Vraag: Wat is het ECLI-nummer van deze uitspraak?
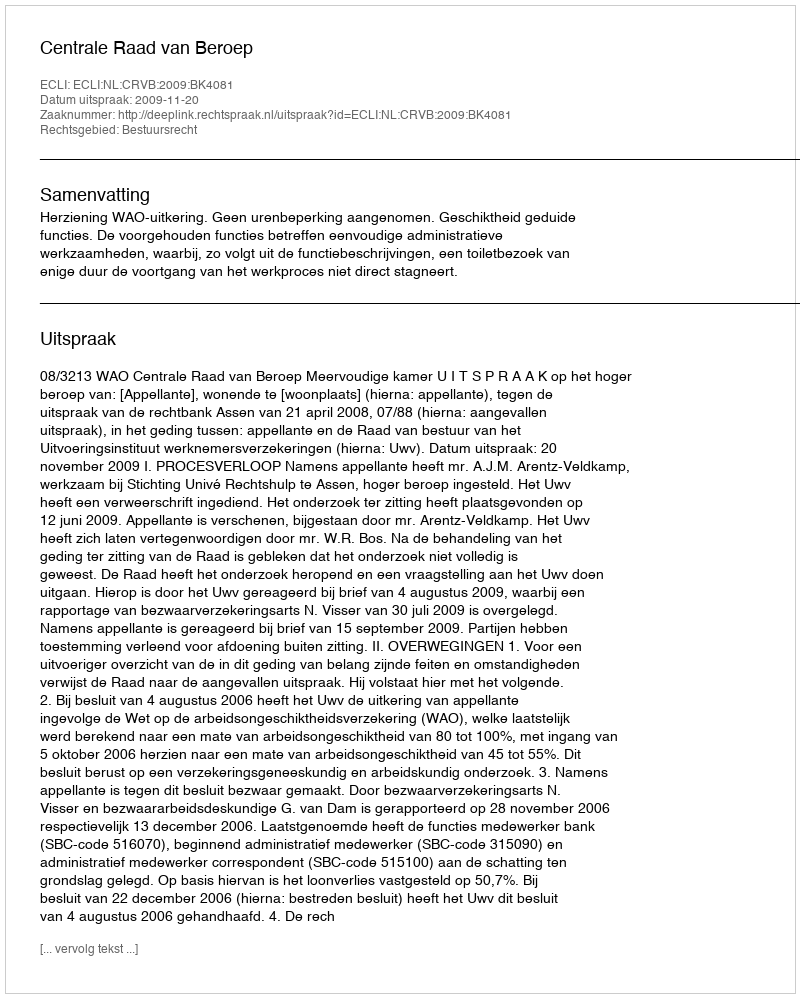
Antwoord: ECLI:NL:CRVB:2009:BK4081